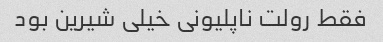
فقط رولت ناپلیونی خیلی شیرین بود